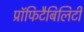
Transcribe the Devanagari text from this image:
प्रॉफिटैबिलिटी